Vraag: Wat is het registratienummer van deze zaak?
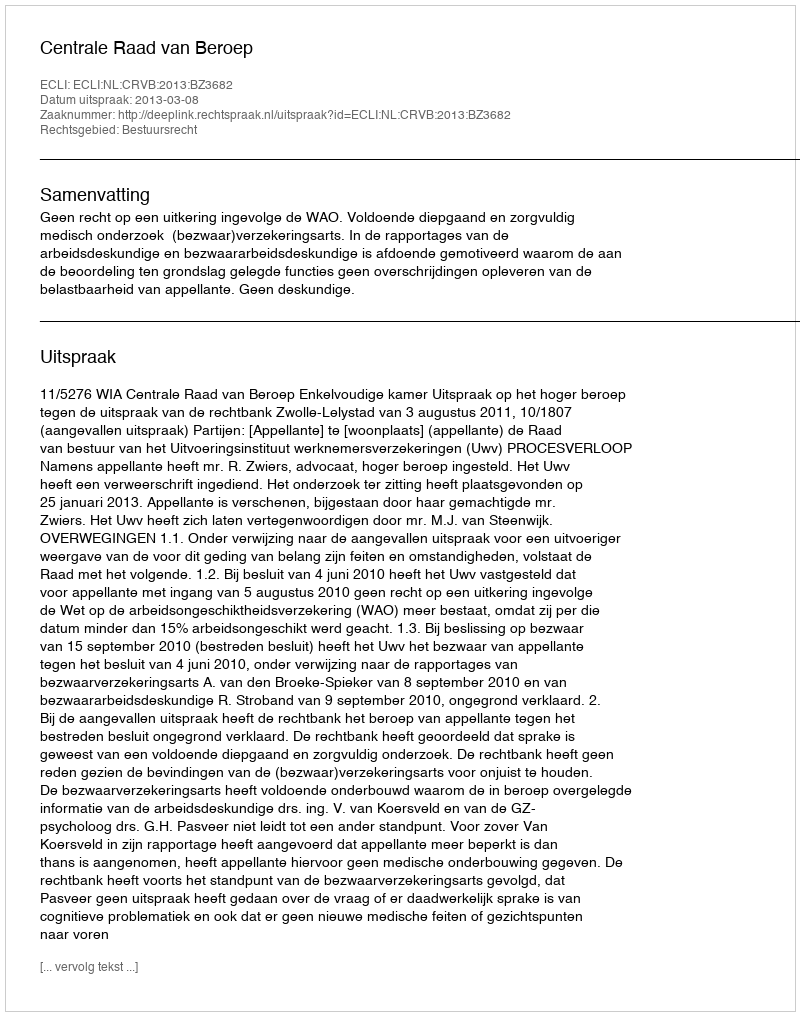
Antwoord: http://deeplink.rechtspraak.nl/uitspraak?id=ECLI:NL:CRVB:2013:BZ3682